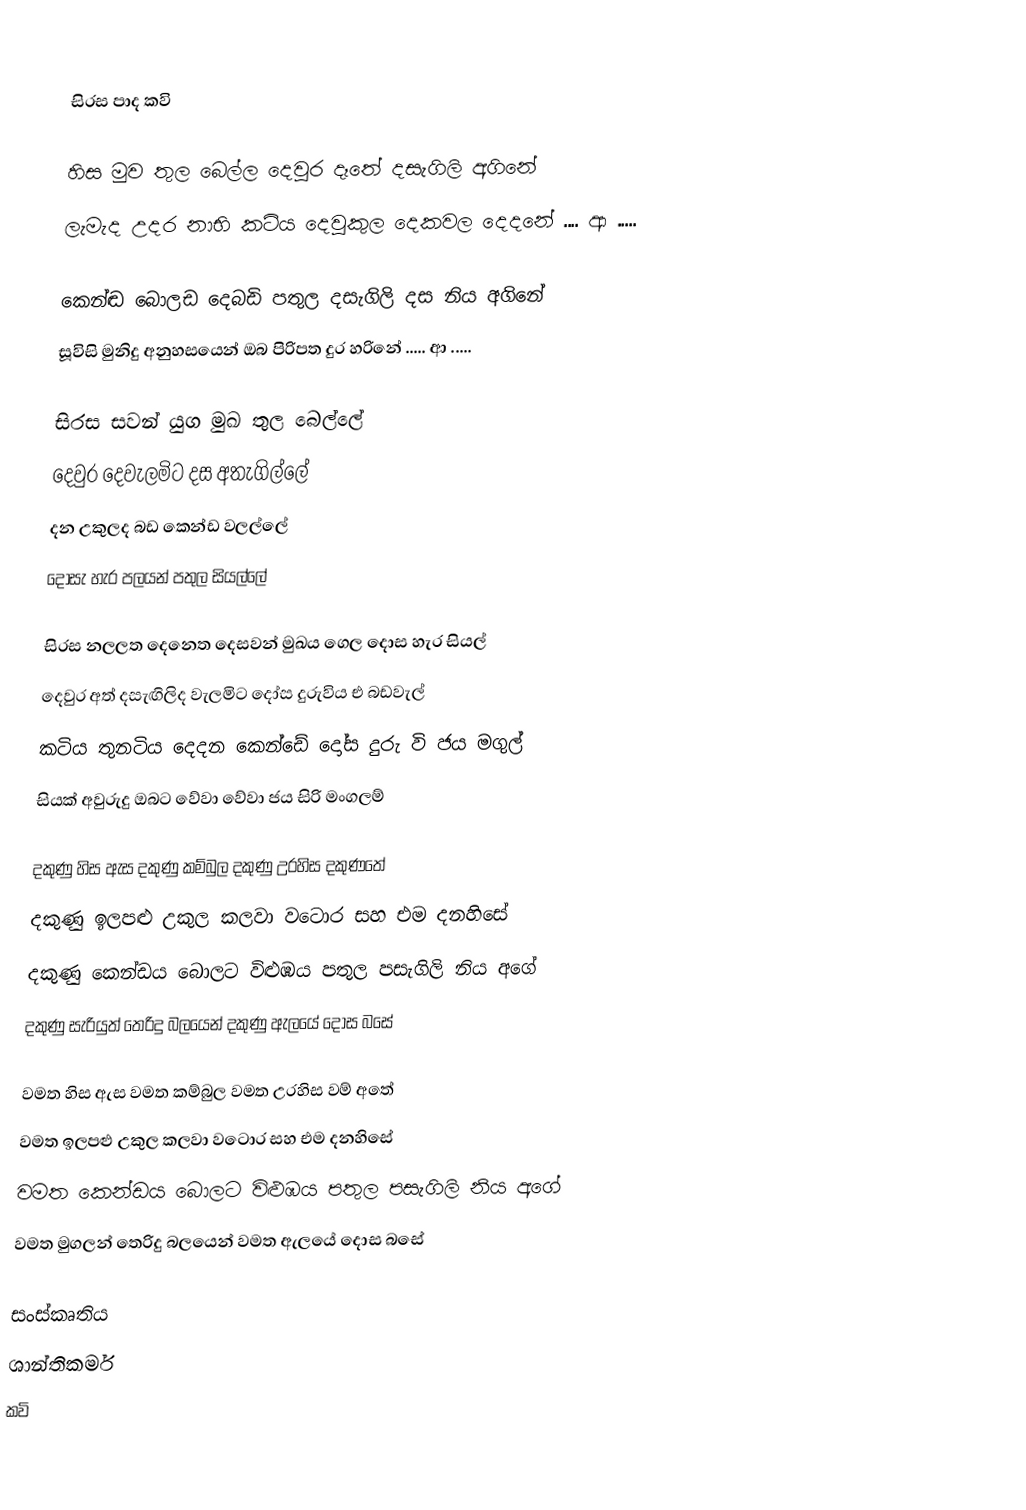

සිරස පාද කවි

    හිස මුව තුල බෙල්ල දෙවුර දෑතේ දසැගිලි අගිනේ
    ලැමැද උදර නාභි කටිය දෙවුකුල දෙකවල දෙදනේ .... ආ .....

    කෙන්ඬ බොලඩ දෙබඩි පතුල දසැගිලි දස නිය අගිනේ
    සූවිසි මුනිදු අනුහසයෙන් ඔබ පිරිපත දුර හරිනේ ..... ආ .....

    සිරස සවන් යුග මුඛ තුල බෙල්ලේ
    දෙවුර දෙවැලමිට දස අතැගිල්ලේ
    දන උකුලද බඩ කෙන්ඩ වලල්ලේ
    දොසැ හැර පලයන් පතුල සියල්ලේ

    සිරස නලලත දෙනෙත දෙසවන් මුඛය ගෙල දොස හැර සියල්
    දෙවුර අත් දසැඟිලිද වැලමිට දෝස දුරුවිය එ බඩවැල්
    කටිය තුනටිය දෙදන කෙන්ඩේ දෝස දුරු වි ජය මගුල්
    සියක් අවුරුදු ඔබට වේවා වේවා ජය සිරි මංගලම්

    දකුණු හිස ඇස දකුණු කම්බුල දකුණු උරහිස දකුණතේ
    දකුණු ඉලපළු උකුල කලවා වටොර සහ එම දනහිසේ
    දකුණු කෙන්ඩය බොලට විළුඹය පතුල පසැගිලි නිය අගේ
    දකුණු සැරියුත් තෙරිදු බලයෙන් දකුණු ඇලයේ දොස බසේ

    වමත හිස ඇස වමත කම්බුල වමත උරහිස වම් අතේ
    වමත ඉලපළු උකුල කලවා වටොර සහ එම දනහිසේ
    වමත කෙන්ඩය බොලට විළුඹය පතුල පසැගිලි නිය අගේ
    වමත මුගලන් තෙරිදු බලයෙන් වමත ඇලයේ දොස බසේ

සංස්කෘතිය
ශාන්තිකර්ම
කවි